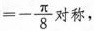
$$=- \frac{\pi}{8}$$ 对称，